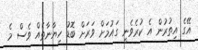
އޭގެ އިތުރުން އެ ކުރެވެނީ ގައުމަށް ވަރަށް ބޮޑު ހިޔާނާތެއް ވެސް މެ